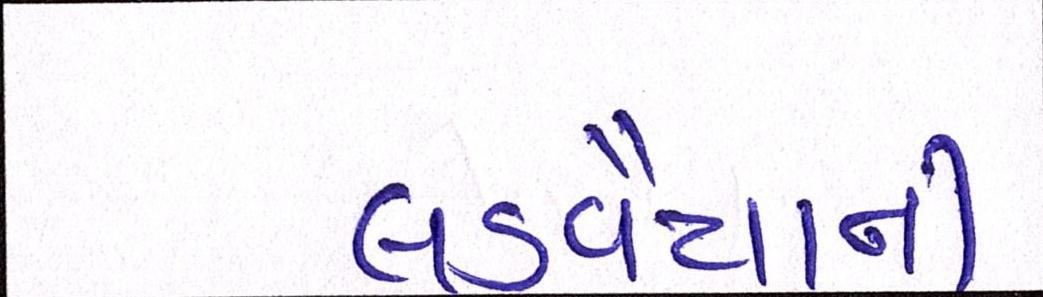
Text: લડવૈયાની